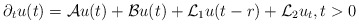
\begin{align*} \partial_{t} u(t) = \mathcal{A} u(t) + \mathcal{B} u(t) + \mathcal{L}_{1} u(t - r) + \mathcal{L}_{2} u_{t}, t > 0 \end{align*}